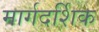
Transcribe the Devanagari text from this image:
मार्गदर्शिक